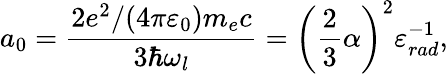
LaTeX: a_{0}=\frac{2e^{2}/(4\pi\varepsilon_{0})m_{e}c}{3\hbar\omega_{l}}=\left(\frac{2}{3}\alpha\right)^{2}\varepsilon_{rad}^{-1},